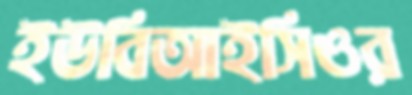
ইউবিআইসিওর